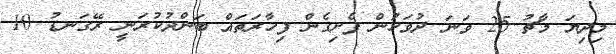
މިދިޔަ މާޗު 25 ވަނަ ދުވަހުން ފެށިގެން ފިހާރަތައް ބަންދުކުރަނީ ރޭގަނޑު 10